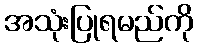
အသုံးပြုရမည်ကို